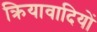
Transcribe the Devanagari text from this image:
क्रियावादियों